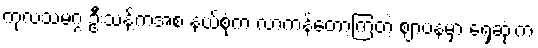
ကုလသမဂ္ဂ ဦးသန့်ကအစ နယ်စုံက လာကန်တော့ကြတဲ့ ဈာပနမှာ ရှေ့ဆုံးက